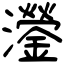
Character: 灐